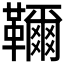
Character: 𩍦